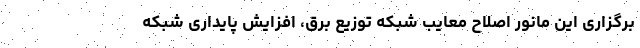
برگزاری این مانور اصلاح معایب شبکه توزیع برق، افزایش پایداری شبکه